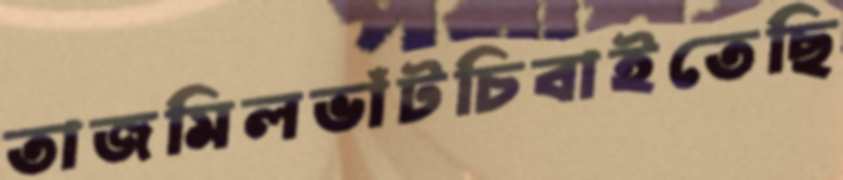
তাজমিলভাঁটচিবাইতেছি